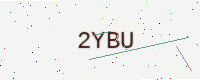
Text: 2YBU